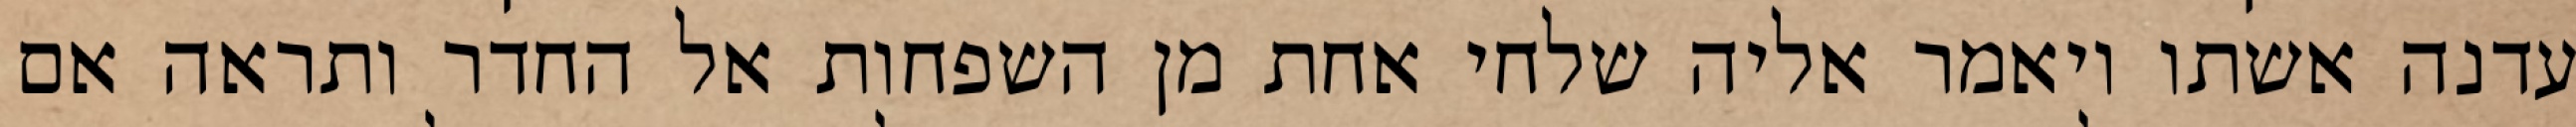
עדנה אשתו ויאמר אליה שלחי אחת מן השפחות אל החדר ותראה אם